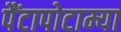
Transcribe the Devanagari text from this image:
पैंटापोटाम्या